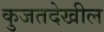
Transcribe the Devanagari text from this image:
कुजतदेखील